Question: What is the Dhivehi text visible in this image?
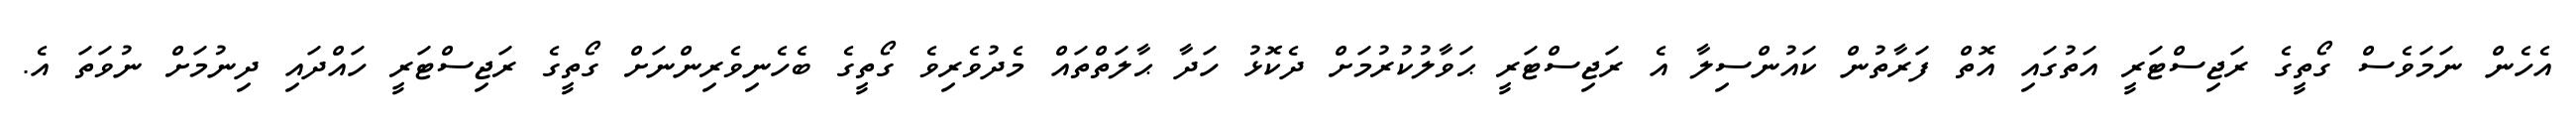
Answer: އެހެން ނަމަވެސް ގޯތީގެ ރަޖިސްޓަރީ އަތުގައި އޮތް ފަރާތުން ކައުންސިލާ އެ ރަޖިސްޓަރީ ޙަވާލުކުރުމަށް ދެކޮޅު ހަދާ ޙާލަތްތައް މެދުވެރިވެ ގޯތީގެ ބެހެނިވެރިންނަށް ގޯތީގެ ރަޖިސްޓަރީ ހައްދައި ދިނުމަށް ނުވަތަ އެ.